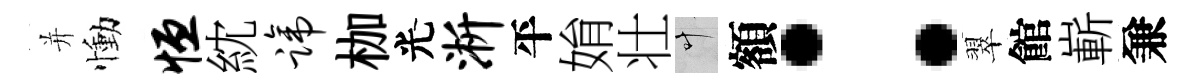
并慟恒紞蹄枷光淅平姢壮叶額：翠館嶄兼